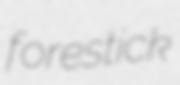
forestick